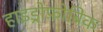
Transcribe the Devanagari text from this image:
हाइड्रोफ़ोबिक